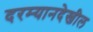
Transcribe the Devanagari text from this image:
दरम्यानदेखील